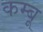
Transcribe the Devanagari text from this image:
कम्बू